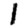
Digit: 1